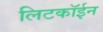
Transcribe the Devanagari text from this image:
लिटकॉईन